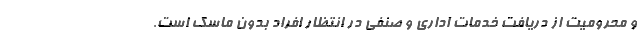
و محرومیت از دریافت خدمات اداری و صنفی در انتظار افراد بدون ماسک است.